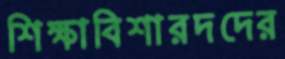
শিক্ষাবিশারদদের